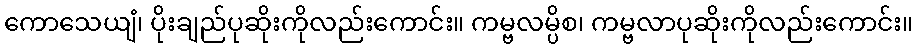
ကောသေယျံ၊ ပိုးချည်ပုဆိုးကိုလည်းကောင်း။ ကမ္ဗလမ္ပိစ၊ ကမ္ဗလာပုဆိုးကိုလည်းကောင်း။